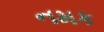
નમક